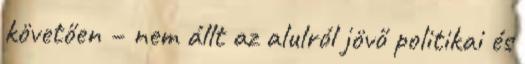
követően – nem állt az alulról jövő politikai és